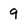
Character: 9